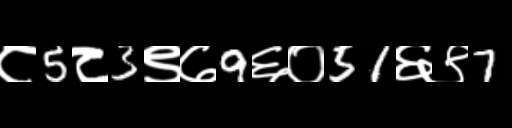
Text: ८5८3९७9६०51६९7